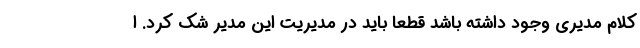
کلام مدیری وجود داشته باشد قطعا باید در مدیریت این مدیر شک کرد. ا